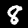
Digit: 8